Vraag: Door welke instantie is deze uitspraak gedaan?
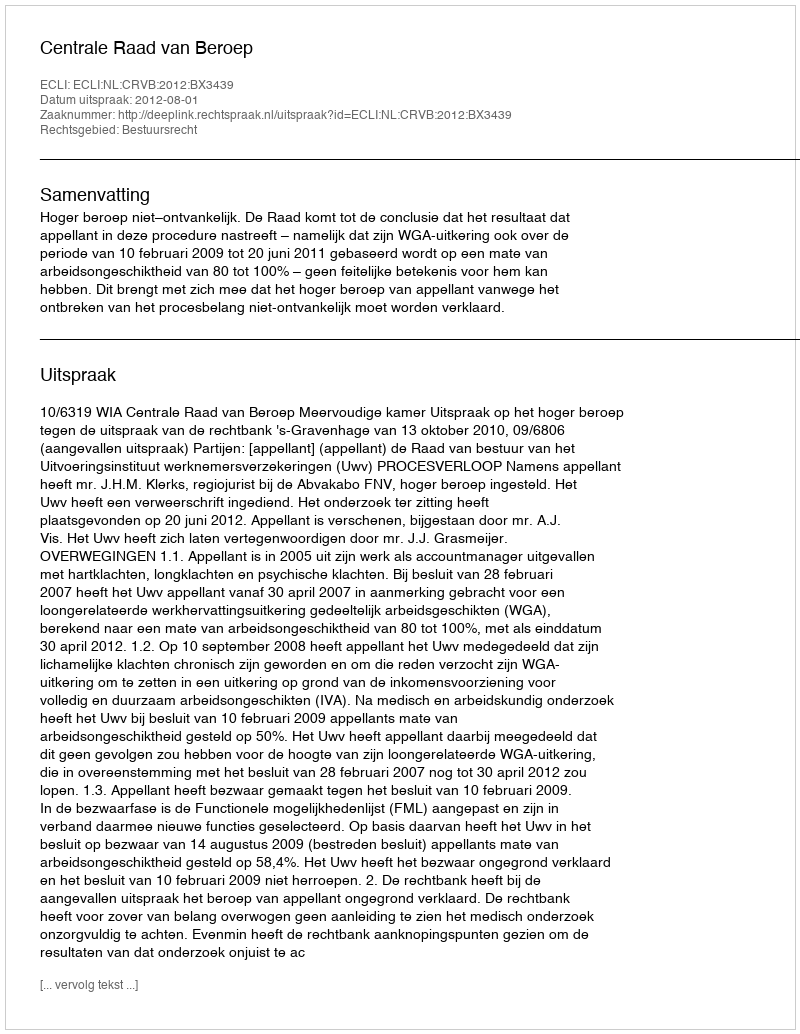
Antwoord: Centrale Raad van Beroep